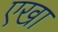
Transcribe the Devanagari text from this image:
एखा